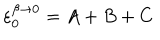
\varepsilon _ { 0 } ^ { \beta \rightarrow 0 } = A + B + C